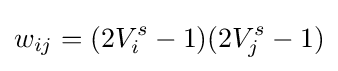
w_{ij}=(2V_{i}^{s}-1)(2V_{j}^{s}-1)